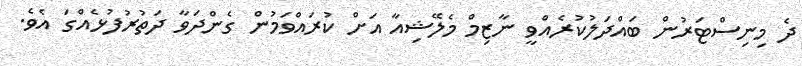
ދެ މިނިސްޓަރުން ބައްދަލުކުރެއްވީ ނާޒިމް މެލޭޝިއާ އަށް ކުރައްވަމުން ގެންދަވާ ދަތުރުފުޅެއްގަ އެވެ.